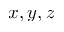
x , y , z